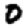
Digit: 0